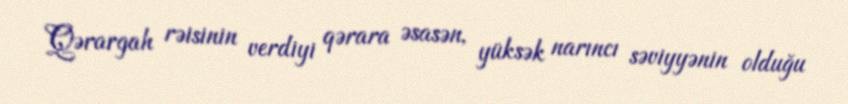
Qərargah rəisinin verdiyi qərara əsasən, yüksək narıncı səviyyənin olduğu